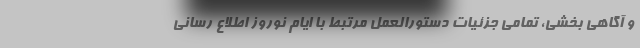
و آگاهی بخشی، تمامی جزئیات دستورالعمل مرتبط با ایام نوروز اطلاع رسانی